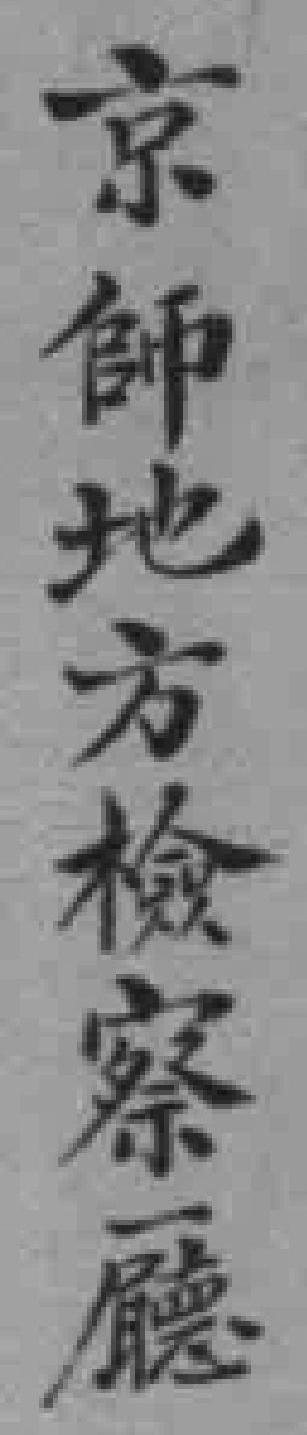
京師地方檢察廳